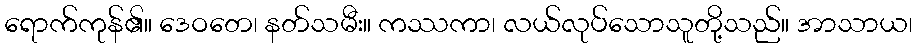
ရောက်ကုန်၏။ ဒေဝတေ၊ နတ်သမီး။ ကဿကာ၊ လယ်လုပ်သောသူတို့သည်။ အာသာယ၊